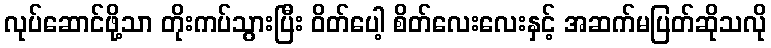
လုပ်ဆောင်ဖို့သာ တိုးကပ်သွားပြီး ဝိတ်ပေါ့ စိတ်လေးလေးနှင့် အဆက်မပြတ်ဆိုသလို